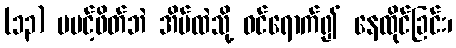
(၁၃) မပင့်ဖိတ်ဘဲ အိမ်ထဲသို့ ဝင်ရောက်၍ နေထိုင်ခြင်း၊